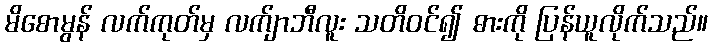
မိစောမွန် လက်ကုတ်မှ လက်ျာဘီလူး သတိဝင်၍ ဓားကို ပြန်ယူလိုက်သည်။